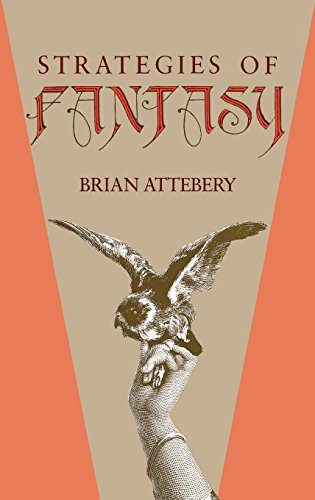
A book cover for Strategies of Fantasy; Brian Attebery; Science Fiction & Fantasy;